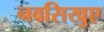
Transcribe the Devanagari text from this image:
नवसिखुए